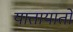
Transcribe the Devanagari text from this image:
यातायातों